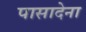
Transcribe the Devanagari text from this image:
पासादेना